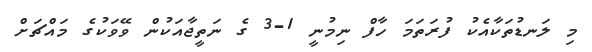
މި ލަނޑުތަކާއެކު ފުރަތަމަ ހާފް ނިމުނީ 1-3 ގެ ނަތީޖާއަކުން ވޭވަކުގެ މައްޗަށް